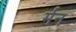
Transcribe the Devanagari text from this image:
र्मन